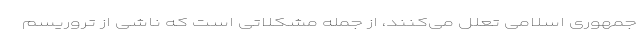
جمهوری اسلامی تعلل می‌کنند، از جمله مشکلاتی است که ناشی از تروریسم